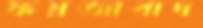
ফয়জাবাদ